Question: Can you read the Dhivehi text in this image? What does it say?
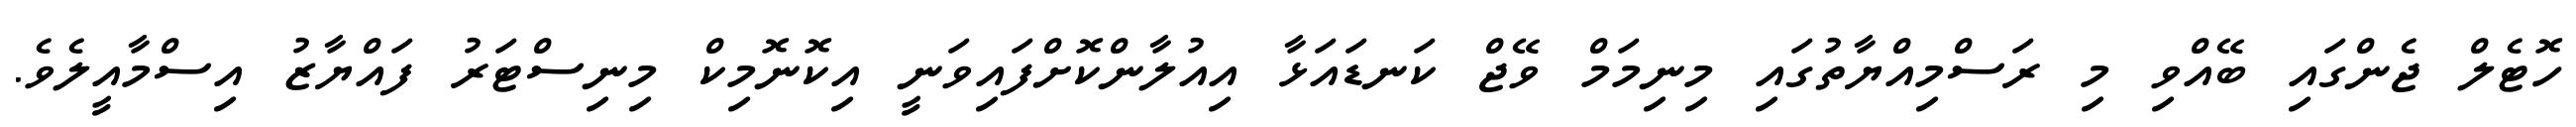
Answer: ހޮޓެލް ޖެންގައި ބޭއްވި މި ރަސްމިއްޔާތުގައި މިނިމަމް ވޭޖް ކަނޑައަޅާ އިއުލާންކޮށްފައިވަނީ އިކޮނޮމިކް މިނިސްޓަރު ފައްޔާޒު އިސްމާއީލެވެ.